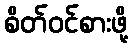
စိတ်ဝင်စားဖို့